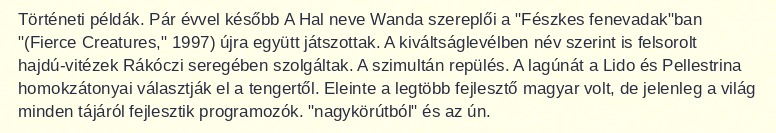
Történeti példák. Pár évvel később A Hal neve Wanda szereplői a "Fészkes fenevadak"ban "(Fierce Creatures," 1997) újra együtt játszottak. A kiváltságlevélben név szerint is felsorolt hajdú-vitézek Rákóczi seregében szolgáltak. A szimultán repülés. A lagúnát a Lido és Pellestrina homokzátonyai választják el a tengertől. Eleinte a legtöbb fejlesztő magyar volt, de jelenleg a világ minden tájáról fejlesztik programozók. "nagykörútból" és az ún.